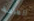
العامة